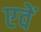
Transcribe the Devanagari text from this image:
एवें